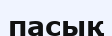
пасық